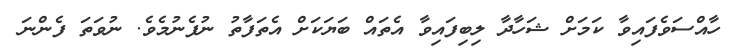
ހާއްސަވެފައިވާ ކަމަށް ޝަހާދާ ލިބިފައިވާ އެތައް ބަޔަކަށް އެތަފާތު ނުފެނުމެވެ. ނުވަތަ ފެންނަ